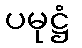
ပမုဋ္ဌံ